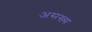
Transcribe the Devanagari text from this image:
असख्य